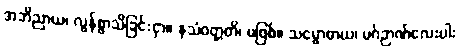
အဘိညာယ၊ လွန်စွာသိခြင်းငှာ။ နသံဝတ္တတိ၊ မဖြစ်။ သမ္ဗောဓာယ၊ မဂ်ဉာဏ်လေးပါး